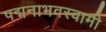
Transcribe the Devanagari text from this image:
पद्मनाभवस्वामी